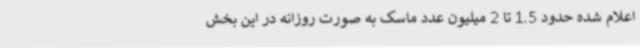
اعلام شده حدود 1.5 تا 2 میلیون عدد ماسک به صورت روزانه در این بخش